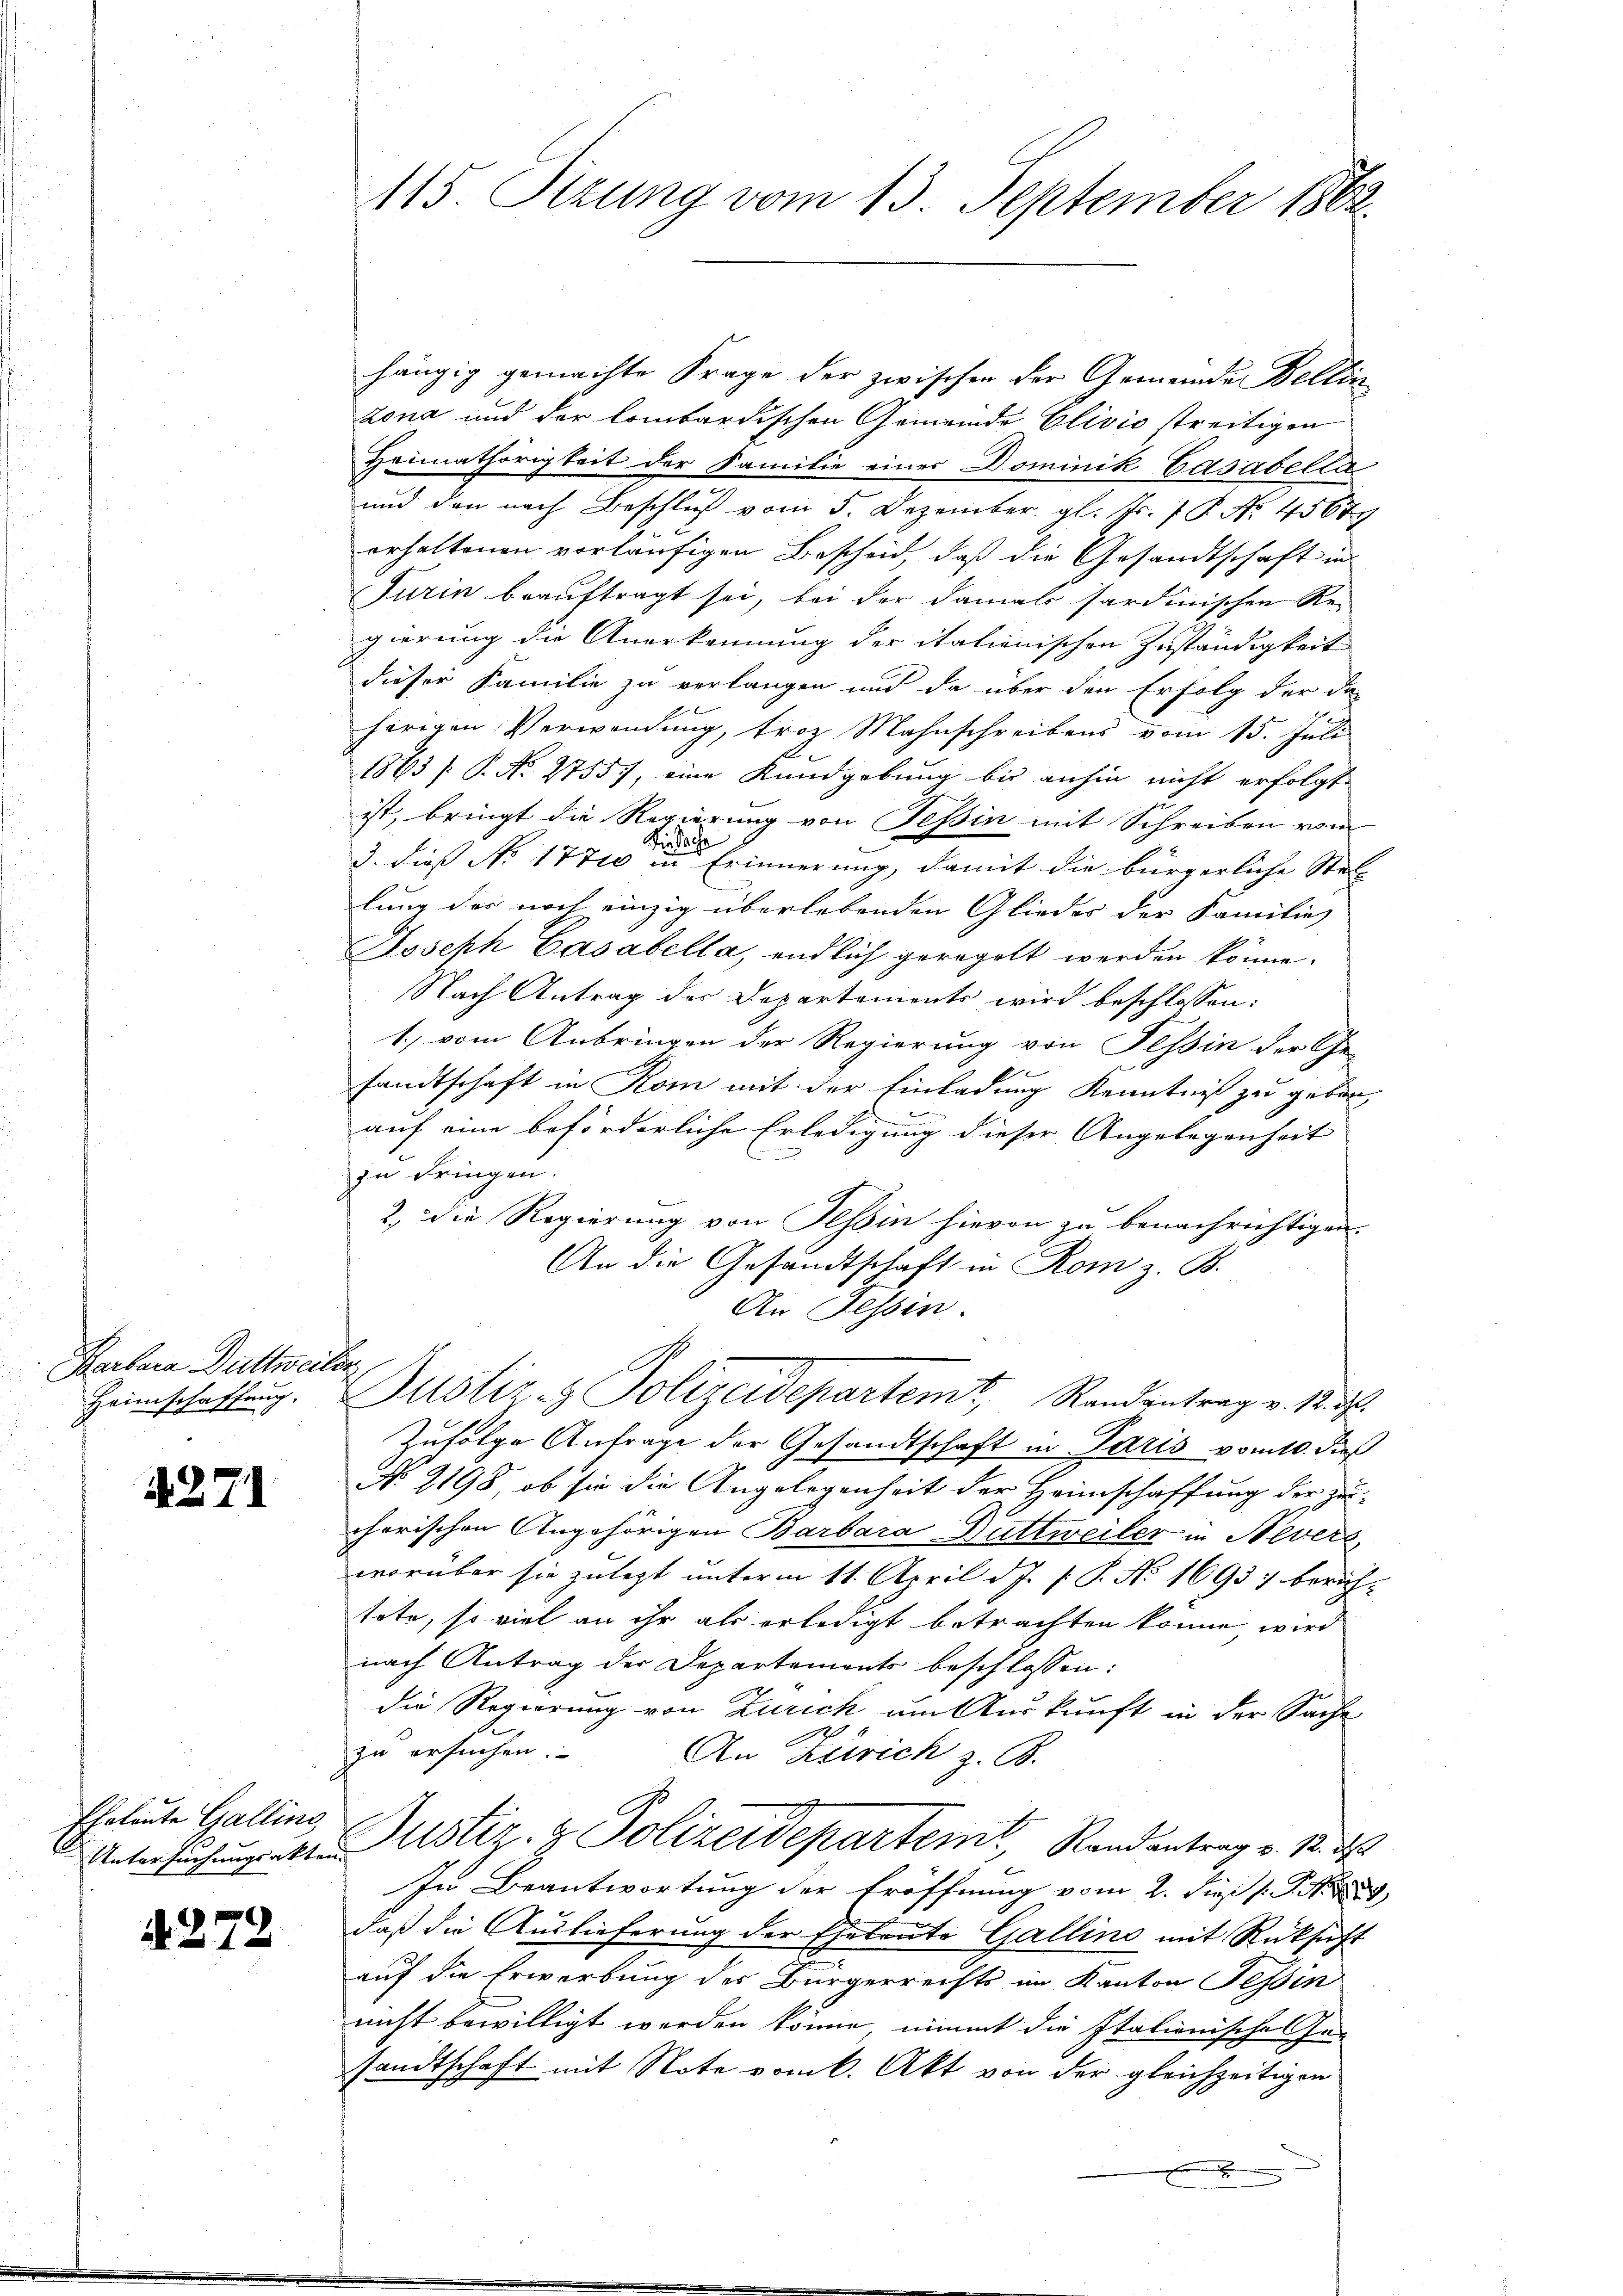
Barbara Duttweiler
Heimschaffung.

§271

Eheleute Gallino,
E

A. 272

hängig gemachte Frage der zwischen der Gemeinde Bellin
zona und der lombardischen Gemeinde Clivio streitigen
Heimathörigkeit der Familie einer Dominik Gasabella
und den nach Beschluß vom 5. Dezember gl. Nr. 7 P. Nr. 45679
erhaltenen vorläufigen Bescheid, daß die Gesandtschaft in
Turin beauftragt sei, bei der damals sardinischen Re-
gierung die Anerkennung der italienischen Zuständigkeit
dieser Familie zu verlangen und da über den Erfolg der da-
herigen Verwendung, trotz Mahnschreibens vom 15. Juli
1863 [P. No. 2755), eine Kundgebung bis anhin nicht erfolgt
ist, bringt die Regierung von Tessin mit Schreiben vom
Fiesache
3. dieß No 1770 in Erinnerung, damit die bürgerliche Stel
lung der noch einzig überlebenden Gliedes der Familie
Joseph Casabella, endlich geregelt werden könne.
Nach Antrag der Departements wird beschlossen:
1., vom Anbringen der Regierung von Tessin der Ge-
sandtschaft in Rom mit der Einladung Kenntniß zu geben,
auf eine beförderliche Erledigung dieser Angelegenheit
zu dringen.
2.) Die Regierung von Tessin hievon zu benachrichtigen.
An die Gesandtschaft in Rom z. B.
An Fessen.
Justiz- & Polizeidepartemt, Randantrag v. M.
Zufolge Anfrage der Gesandtschaft in Paris vom 10. dieß
No 2198, ob sie die Angelegenheit der Heimschaffung der zuchorischen Angehörigen Barbara Duttweiler in Nevers
worüber sie zu legt unterm 11. April d. J. P. P. No 1693 berichtote, so viel an ihr als erledigt betrachten könne, wird
nach Antrag der Departements beschlossen:
die Regierung von Zürich um Auskunft in der Sache
zu ersuchen.
An Zürich z. B.
Untersuchungsten Dustiz- & Polizeidepartem Randantrag v. 12. d
In Beantwortung der Eröffnung vom 2. Sie s. S. 1859,
daß die Auslieferung der Eheleute Gallino mit Rücksicht
auf die Erwerbung des Bürgerrechts im Kanton Tessin
nicht bewilligt werden könne, nimmt die Italionische Ge-
sandtschaft mit Note vom 6. Akt von der gleichzeitigen
x

115. Sizung vom 13. September 1862.